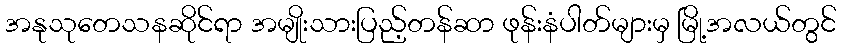
အနုသုတေသနဆိုင်ရာ အမျိုးသားပြည့်တန်ဆာ ဖုန်းနံပါတ်များမှ မြို့အလယ်တွင်